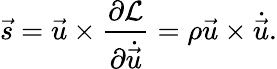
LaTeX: \vec{s}=\vec{u}\times\frac{\partial\mathcal{L}}{\partial\dot{\vec{u}}}=\rho\vec{u}\times\dot{\vec{u}}.